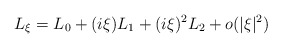
\begin{align*}L_\xi=L_0+(i\xi)L_1+(i\xi)^2 L_2+o(|\xi|^2)\end{align*}